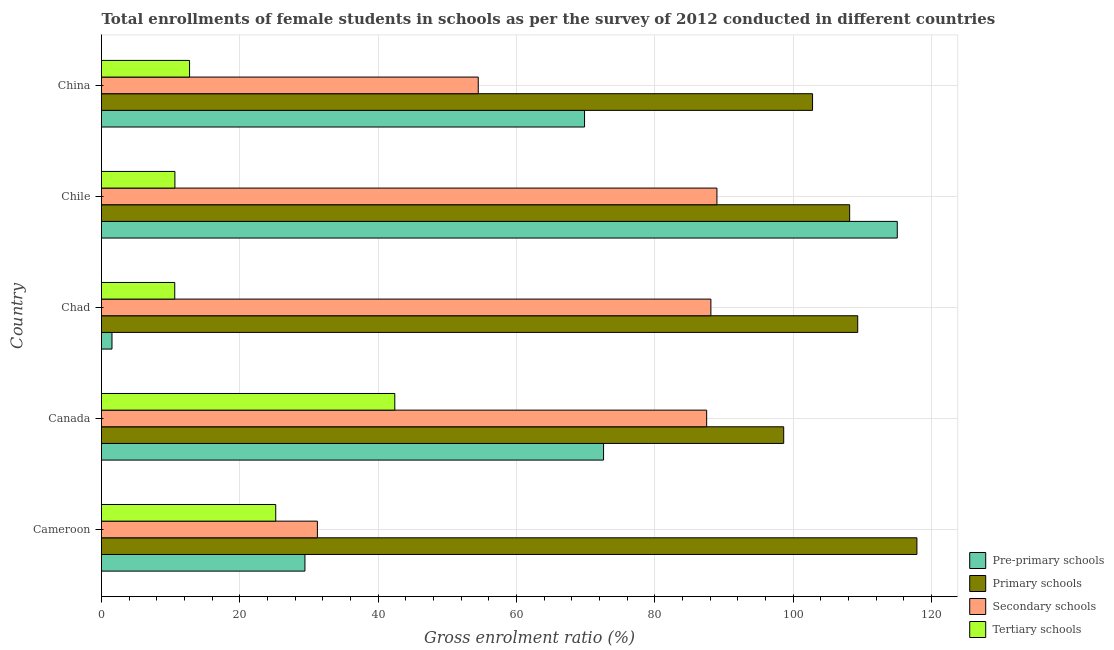
| Country | Pre-primary schools | Primary schools | Secondary schools | Tertiary schools |
 | --- | --- | --- | --- | --- |
 | Cameroon | 29.4 | 118 | 31.2 | 25.2 |
 | Canada | 72.6 | 98.6 | 87.5 | 42.4 |
 | Chad | 1.52 | 109 | 88.1 | 10.6 |
 | Chile | 115 | 108 | 89 | 10.6 |
 | China | 69.8 | 103 | 54.5 | 12.7 |